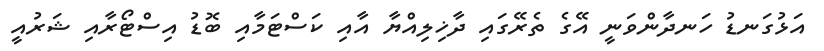
އަޅުގަނޑު ހަނދާންވަނީ އޭގެ ތެރޭގައި ދާޚިލިއްޔާ އާއި ކަސްޓަމާއި ބޮޑު އިސްޓޯރާއި ޝަރުއީ